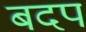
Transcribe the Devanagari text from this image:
बदप